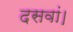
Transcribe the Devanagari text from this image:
दसवां।